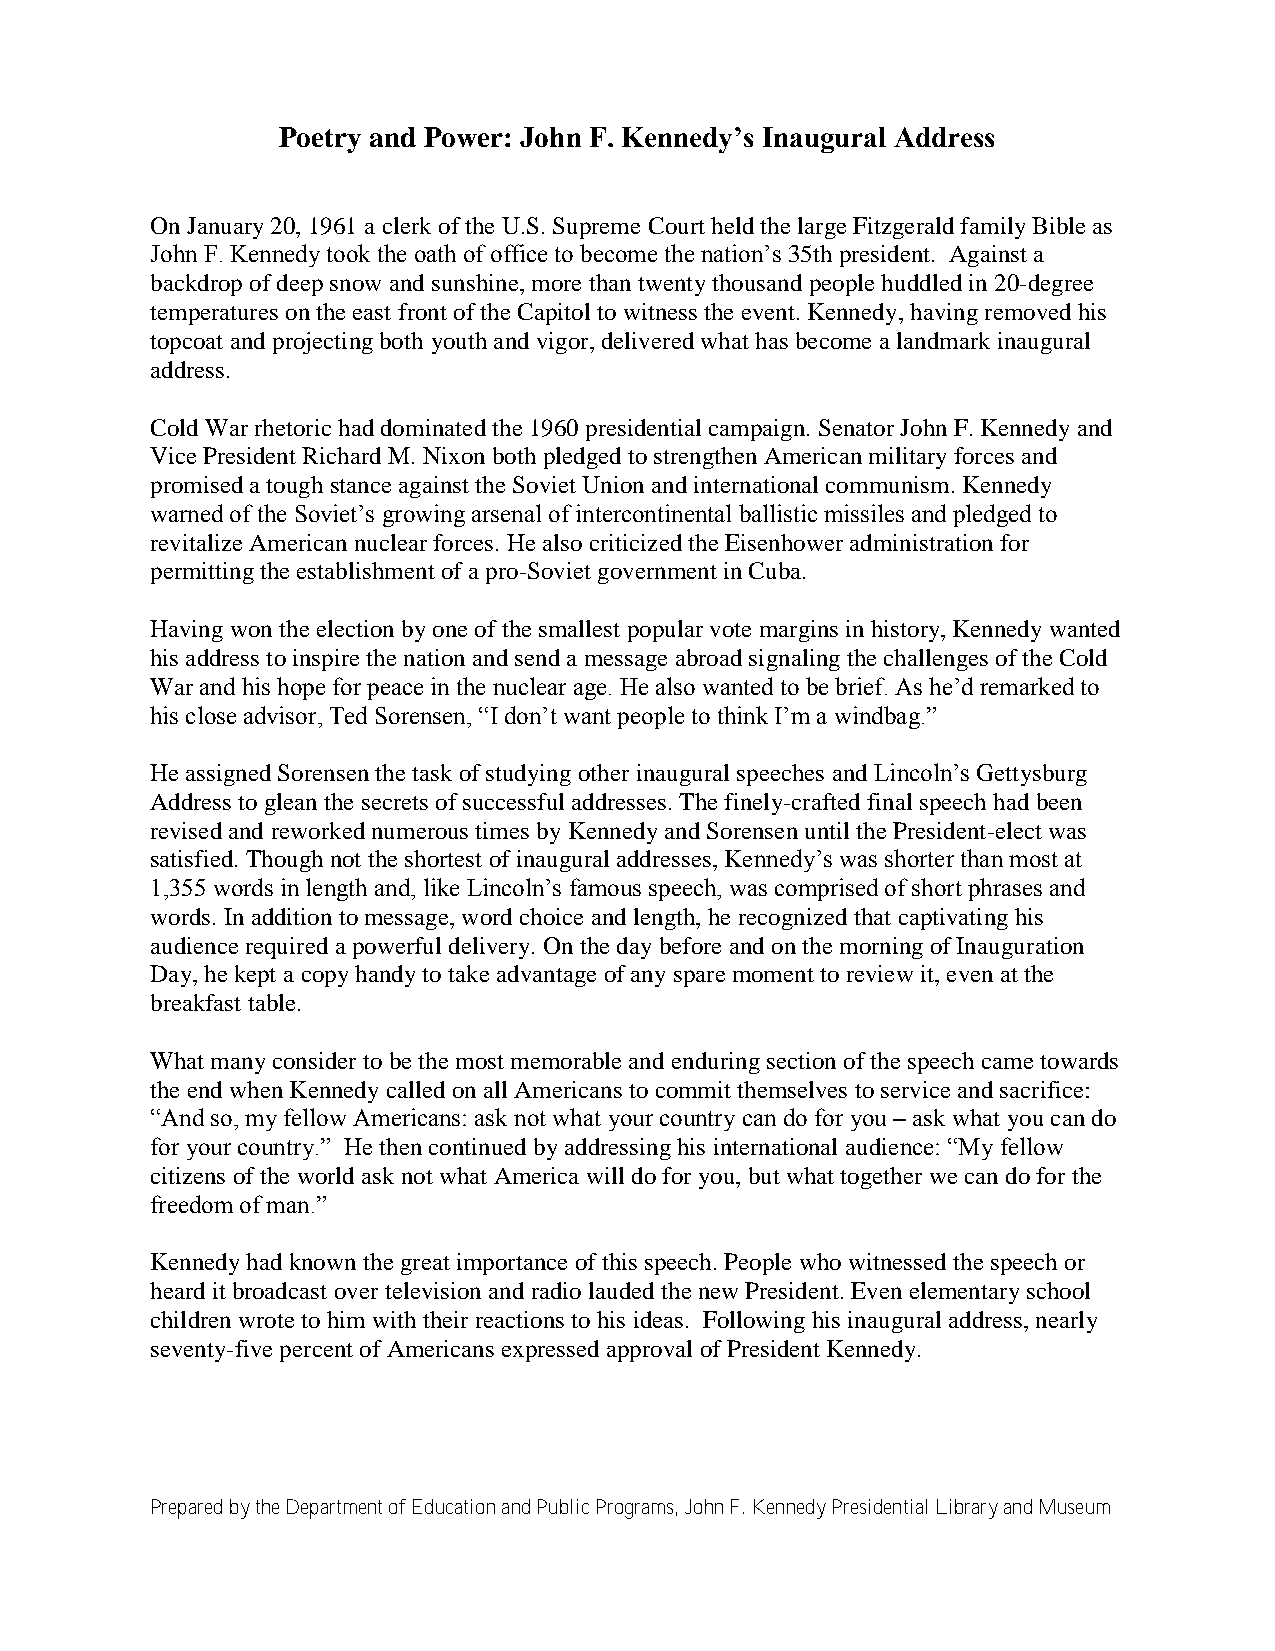
Poetry and Power: John F. Kennedy’s Inaugural Address
 On January 20, 1961 a clerk of the U.S. Supreme Court held the large Fitzgerald family Bible as
 John F. Kennedy took the oath of office to become the nation’s 35th president. Against a
 backdrop of deep snow and sunshine, more than twenty thousand people huddled in 20-degree
 temperatures on the east front of the Capitol to witness the event. Kennedy, having removed his
 topcoat and projecting both youth and vigor, delivered what has become a landmark inaugural
 address.
 Cold War rhetoric had dominated the 1960 presidential campaign. Senator John F. Kennedy and
 Vice President Richard M. Nixon both pledged to strengthen American military forces and
 promised a tough stance against the Soviet Union and international communism. Kennedy
 warned of the Soviet’s growing arsenal of intercontinental ballistic missiles and pledged to
 revitalize American nuclear forces. He also criticized the Eisenhower administration for
 permitting the establishment of a pro-Soviet government in Cuba.
 Having won the election by one of the smallest popular vote margins in history, Kennedy wanted
 his address to inspire the nation and send a message abroad signaling the challenges of the Cold
 War and his hope for peace in the nuclear age. He also wanted to be brief. As he’d remarked to
 his close advisor, Ted Sorensen, ―I don’t want people to think I’m a windbag.‖
 He assigned Sorensen the task of studying other inaugural speeches and Lincoln’s Gettysburg
 Address to glean the secrets of successful addresses. The finely-crafted final speech had been
 revised and reworked numerous times by Kennedy and Sorensen until the President-elect was
 satisfied. Though not the shortest of inaugural addresses, Kennedy’s was shorter than most at
 1,355 words in length and, like Lincoln’s famous speech, was comprised of short phrases and
 words. In addition to message, word choice and length, he recognized that captivating his
 audience required a powerful delivery. On the day before and on the morning of Inauguration
 Day, he kept a copy handy to take advantage of any spare moment to review it, even at the
 breakfast table.
 What many consider to be the most memorable and enduring section of the speech came towards
 the end when Kennedy called on all Americans to commit themselves to service and sacrifice:
 ―And so, my fellow Americans: ask not what your country can do for you – ask what you can do
 for your country.‖ He then continued by addressing his international audience: ―My fellow
 citizens of the world ask not what America will do for you, but what together we can do for the
 freedom of man.‖
 Kennedy had known the great importance of this speech. People who witnessed the speech or
 heard it broadcast over television and radio lauded the new President. Even elementary school
 children wrote to him with their reactions to his ideas. Following his inaugural address, nearly
 seventy-five percent of Americans expressed approval of President Kennedy.
 Prepared by the Department of Education and Public Programs, John F. Kennedy Presidential Library and Museum